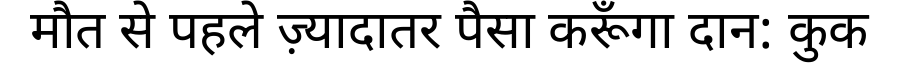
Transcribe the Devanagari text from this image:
मौत से पहले ज़्यादातर पैसा करूँगा दान: कुक